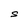
Character: S